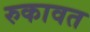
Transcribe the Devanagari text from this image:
रुकावत